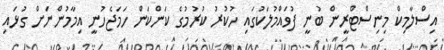
އިސްލާމިކް މިނިސްޓްރީން ބުނީ ފުވައްމުލަކުގައި ހުކުރު ކުރުމުގެ ކަންކަން ހަމަޖެހުނީ އިމާމުންނަށް ގުޅައި